Petseri_perekonnanimede_kartoteek, lk 3
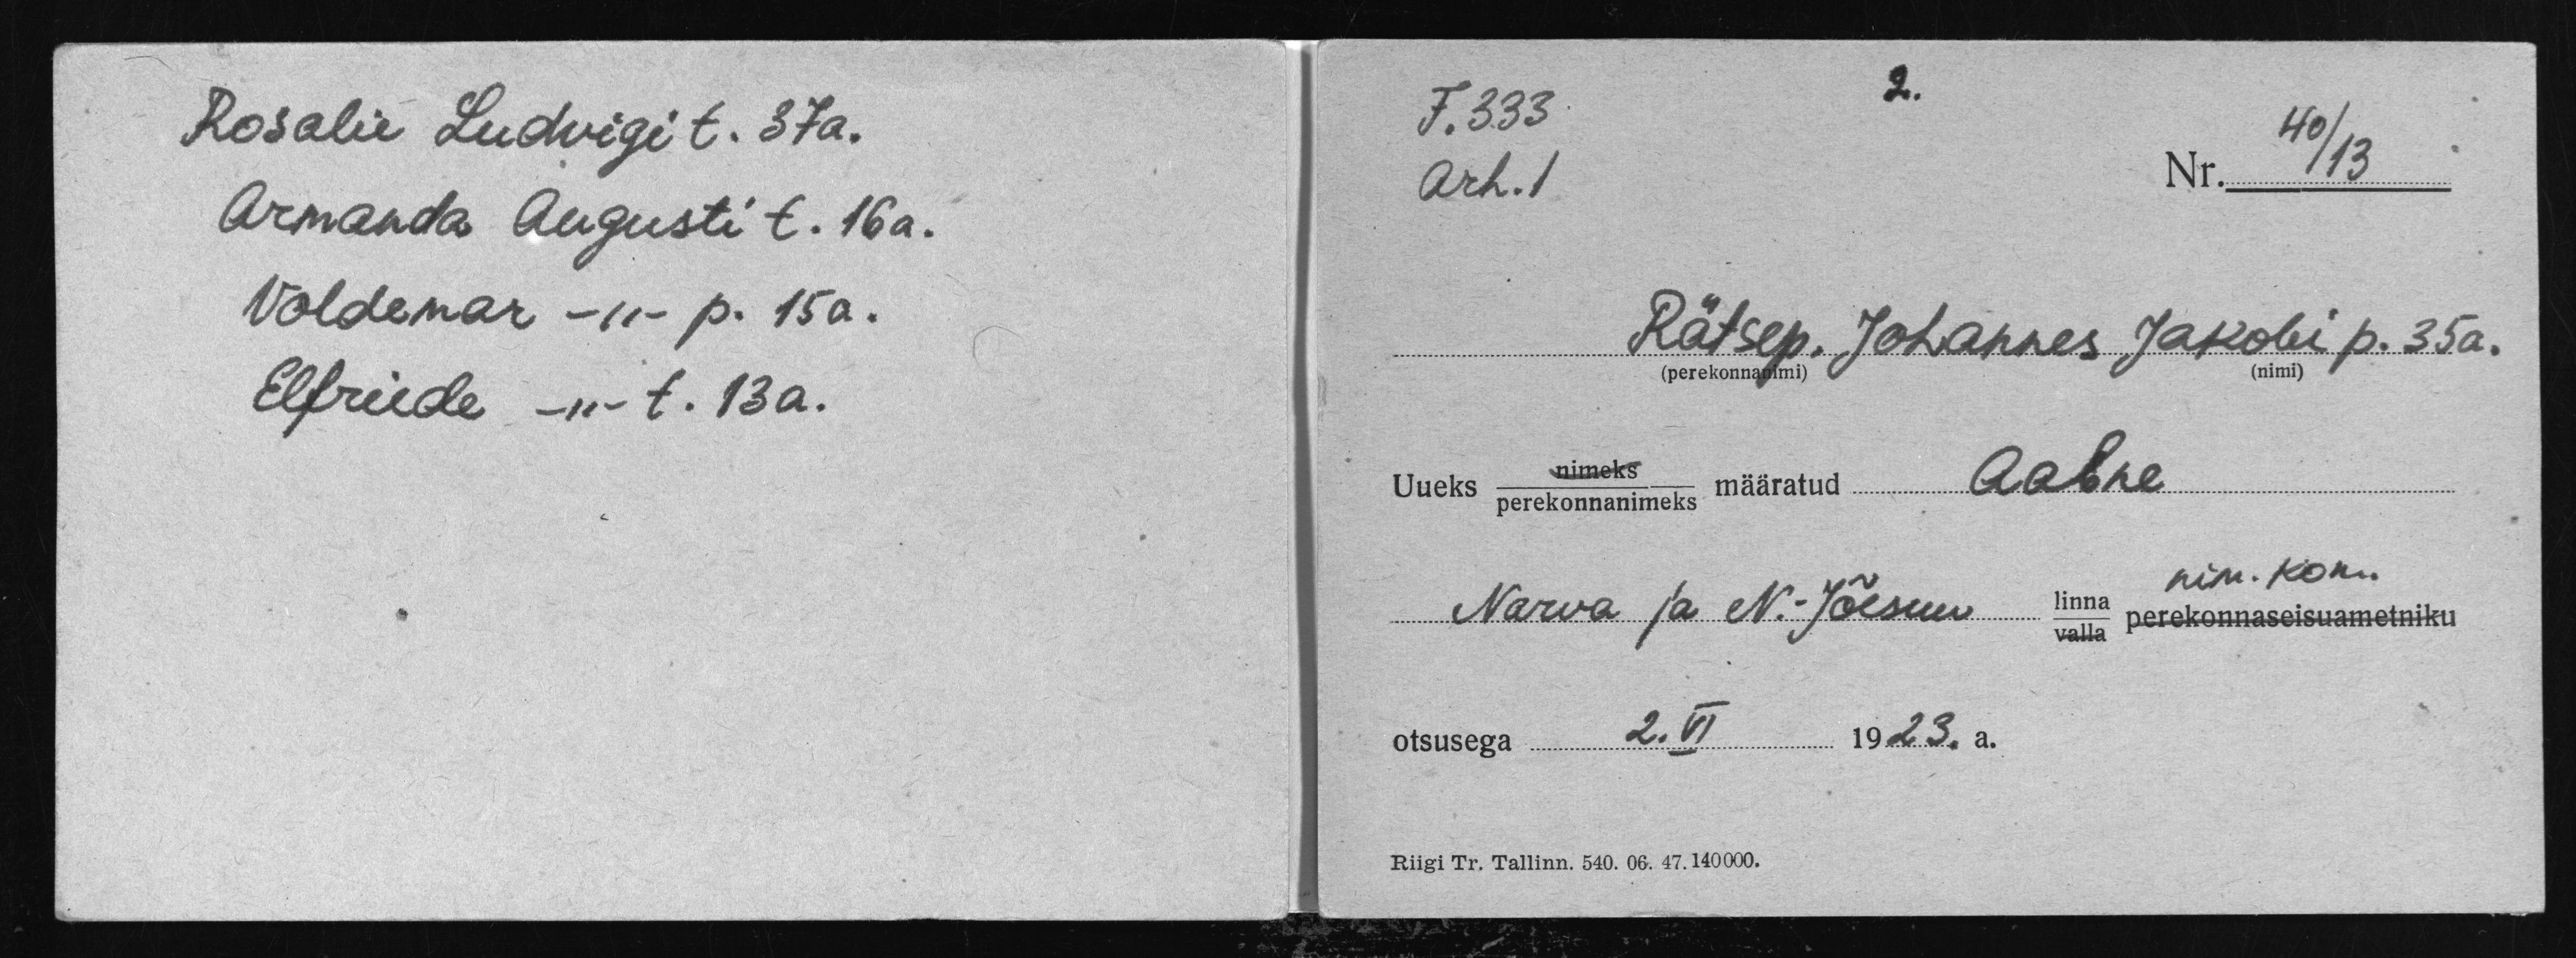
Rosalie Ludwigi t. 37a.
Armanda Augusti t. 16 a.
Voldemar -"- p. 15a.
Efriede -"- t. 13a.

F. 333.
Nr. 40/13
Arh.1
Rätsep. Johannes Jakobi p. 35a.
nimeks
Uueks perekonnanimeks määratud Aabre
nim. kom.
Narva ja N.- Jõesuu linna
valla Perekonnaseisuametniku
otsusega 2.VI. 1923.a.
Riigi Tr. Tallinn. 540. 06. 47. 140000.